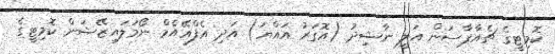
ކޮމިޓީގެ ޗެއާޕާސަން އަލީ ނާޝިދު (އޮގަރު އައްޔަ) އަދި އެފްއޭއެމް ނޯމަލައިޒޭޝަން ކޮމިޓީގެ